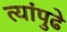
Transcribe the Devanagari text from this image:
त्यांपुढे